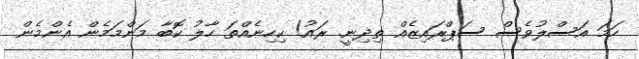
ހަމަ އަސްލުވެސް ސަޕްރައިޒެއް ތިދިނީ. ރައު! ކިހިނެއްތަ ހާލު ކޮބާ މަންމަމެން އެންމެން